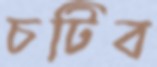
চটিব